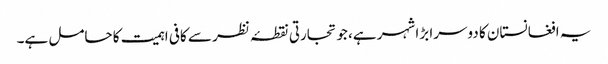
یہ افغانستان کا دوسرا بڑا شہر ہے، جو تجارتی نقطۂ نظر سے کافی اہمیت کا حامل ہے۔